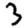
Digit: 3